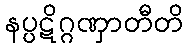
နပ္ပဋိဂ္ဂဏှာတီတိ